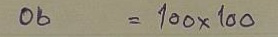
06 = 100 x 100